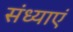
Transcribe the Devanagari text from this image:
संध्याएं